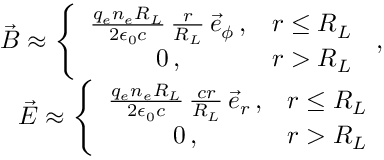
\begin{array} { r l r } & { } & { \vec { B } \approx \left\{ \begin{array} { c c } { \frac { q _ { e } n _ { e } R _ { L } } { 2 \epsilon _ { 0 } c } \, \frac { r } { R _ { L } } \, \vec { e } _ { \phi } \, , } & { r \le R _ { L } } \\ { 0 \, , } & { r > R _ { L } } \end{array} \right. \, , } \\ & { } & { \vec { E } \approx \left\{ \begin{array} { c c } { \frac { q _ { e } n _ { e } R _ { L } } { 2 \epsilon _ { 0 } c } \, \frac { c r } { R _ { L } } \, \vec { e } _ { r } \, , } & { r \le R _ { L } } \\ { 0 \, , } & { r > R _ { L } } \end{array} \right. } \end{array}